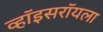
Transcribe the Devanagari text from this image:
व्हॉइसरॉयला